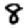
Digit: 8